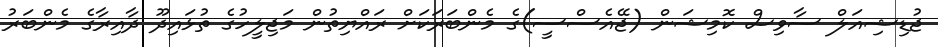
ޖުޑިޝިއަލް ސާވިސް ކޮމިޝަން (ޖޭއެސްސީ)ގެ މެންބަރަކަށް ރައްޔިތުން މަޖިލީހުގެ ތުޅައިދޫ ދާއިރާގެ މެންބަރު